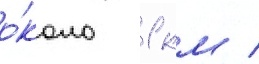
о́коло 1 км /